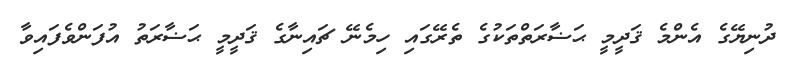
ދުނިޔޭގެ އެންމެ ޤަދީމީ ޙަޟާރަތްތަކުގެ ތެރޭގައި ހިމެނޭ ޗައިނާގެ ޤަދީމީ ޙަޟާރަތު އުފަންވެފައިވާ